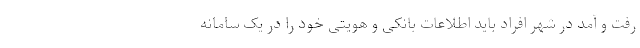
رفت و آمد در شهر افراد باید اطلاعات بانکی و هویتی خود را در یک سامانه